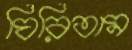
ঘিরিতাম